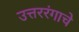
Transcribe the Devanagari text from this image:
उत्तररंगाचे